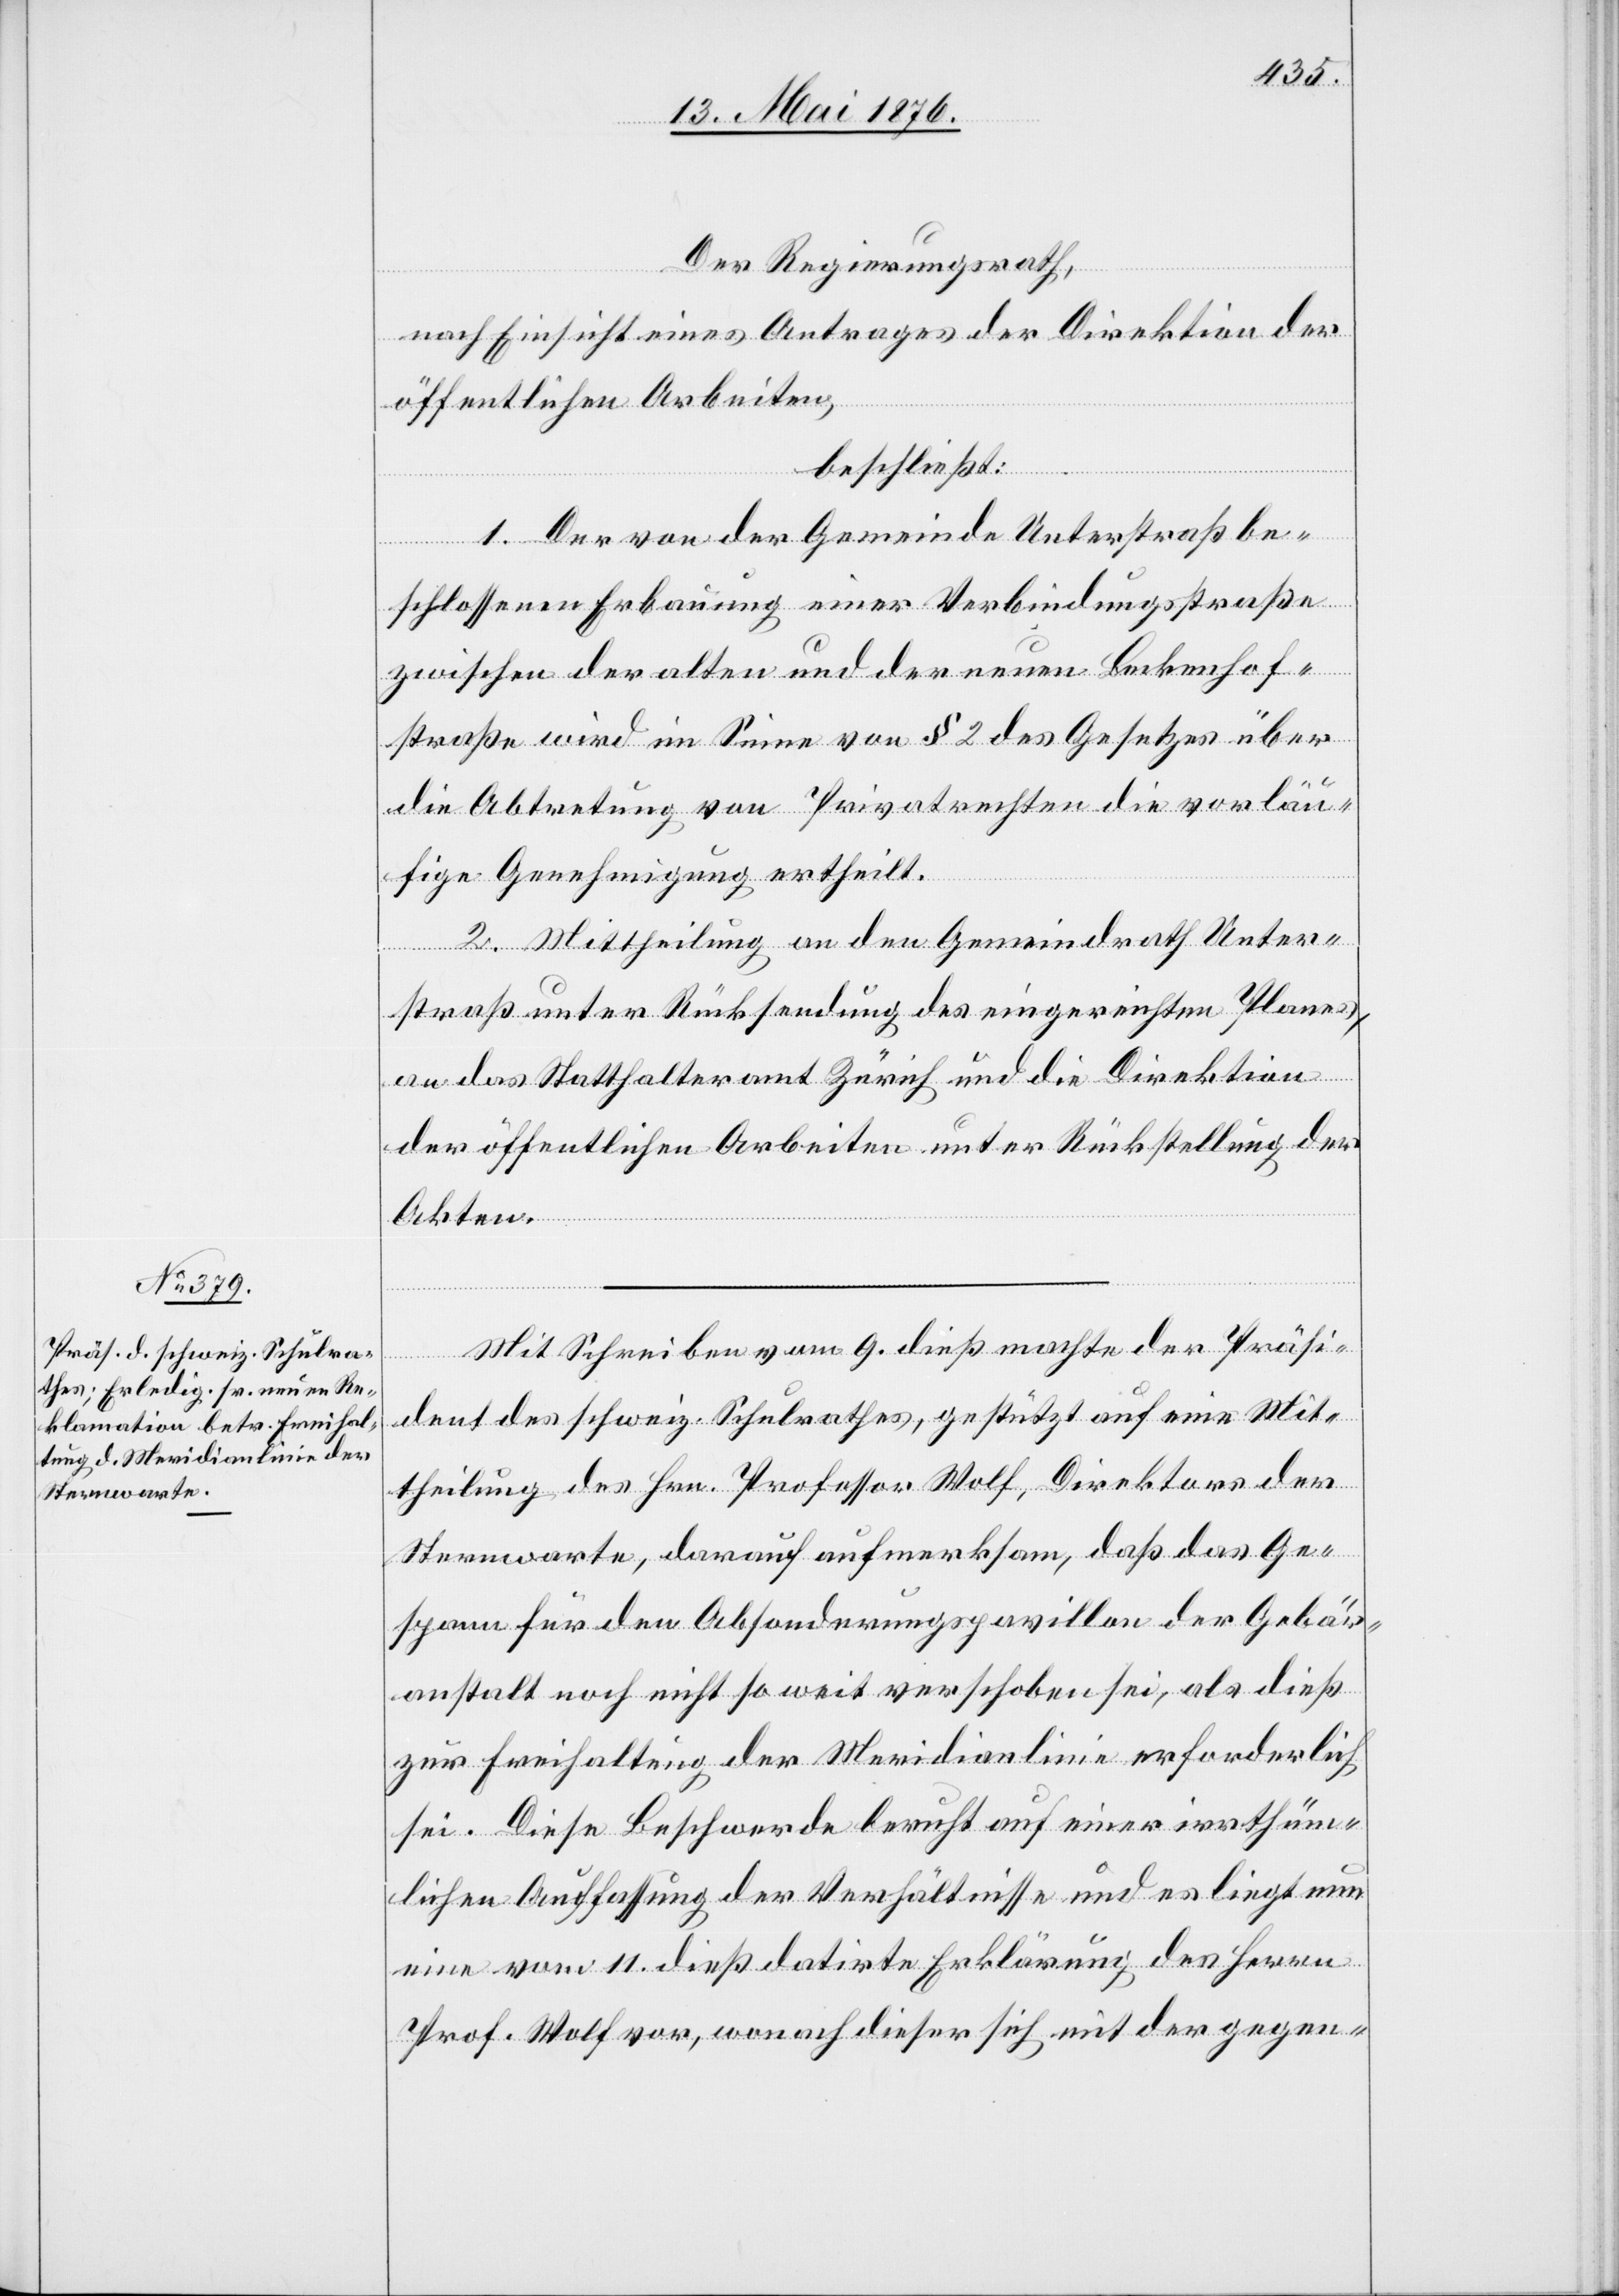
Der Regierungsrath,
nach Einsicht eines Antrages der Direktion der
öffentlichen Arbeiten,
beschließt:
1. Der von der Gemeinde Unterstraß be¬
schlossenen Erbauung einer Verbindungsstraße
zwischen der alten und der neuen Beckenhof¬
straße wird im Sinne von § 2 des Gesetzes über
die Abtretung von Privatrechten die vorläu¬
fige Genehmigung ertheilt.
2. Mittheilung an den Gemeindrath Unter¬
straß unter Rücksendung des eingereichten Planes,
an das Statthalteramt Zürich und die Direktion
der öffentlichen Arbeiten unter Rückstellung der
Akten.
Mit Schreiben vom 9. dieß machte der Präsi¬
dent des schweiz. Schulrathes, gestützt auf eine Mit¬
theilung des Hrn. Professor Wolf, Direktor der
Sternwarte, darauf aufmerksam, daß das Ge¬
spann für den Absonderungspavillon der Gebär¬
anstalt noch nicht so weit verschoben sei, als dieß
zur Freihaltung der Meridianlinie erforderlich
sei. Diese Beschwerde beruht auf einer irrthüm¬
lichen Auffassung der Verhältnisse und es liegt nun
eine vom 11. dieß datirte Erklärung des Herrn
Prof. Wolf vor, wonach dieser sich mit der gegen-